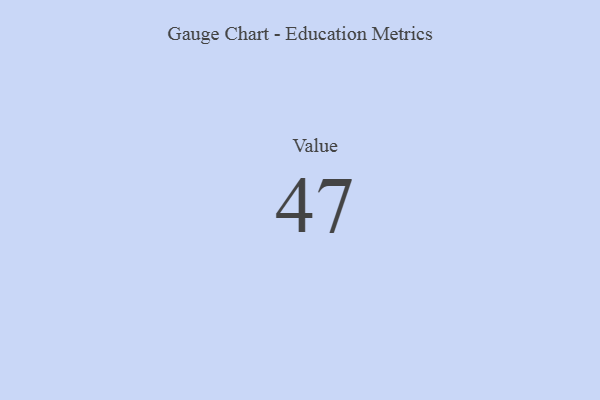
{"axis": {"x": "Metric", "y": "Value"}, "legend": [""], "data": [{"x": "Value", "y": 47, "type": ""}]}